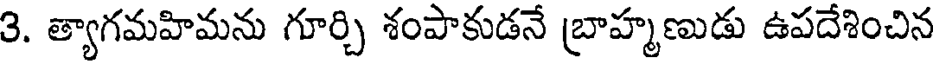
3. త్యాగమహిమను గూర్చి శంపాకుడనే బ్రాహ్మణుడు ఉపదేశించిన